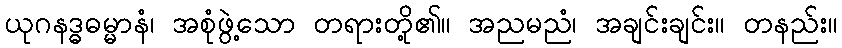
ယုဂနဒ္ဓဓမ္မာနံ၊ အစုံဖွဲ့သော တရားတို့၏။ အညမညံ၊ အချင်းချင်း။ တနည်း။